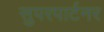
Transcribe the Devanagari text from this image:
सुपरपार्टनर